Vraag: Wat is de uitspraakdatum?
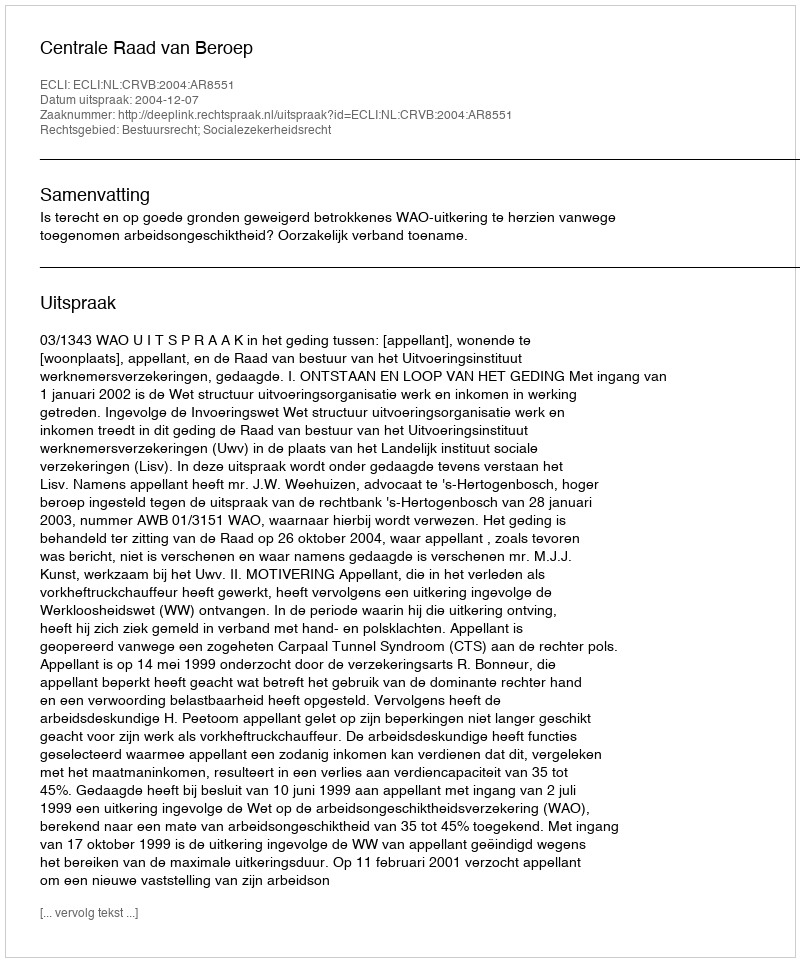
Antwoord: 2004-12-07